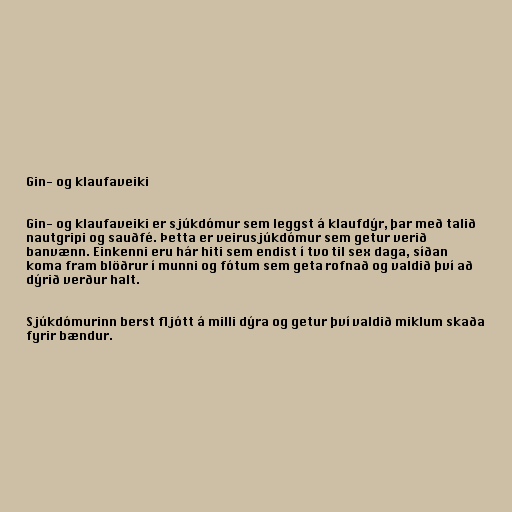
Gin- og klaufaveiki

Gin- og klaufaveiki er sjúkdómur sem leggst á klaufdýr, þar með talið
nautgripi og sauðfé. Þetta er veirusjúkdómur sem getur verið
banvænn. Einkenni eru hár hiti sem endist í tvo til sex daga, síðan
koma fram blöðrur í munni og fótum sem geta rofnað og valdið því að
dýrið verður halt.

Sjúkdómurinn berst fljótt á milli dýra og getur því valdið miklum skaða
fyrir bændur.